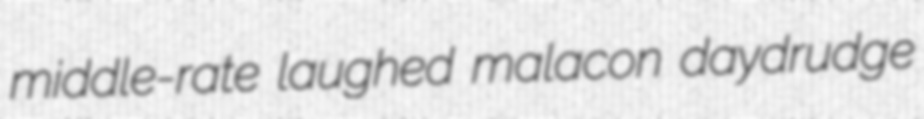
middle-rate laughed malacon daydrudge